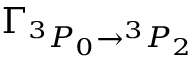
\Gamma _ { { } ^ { 3 } P _ { 0 } \rightarrow { } ^ { 3 } P _ { 2 } }